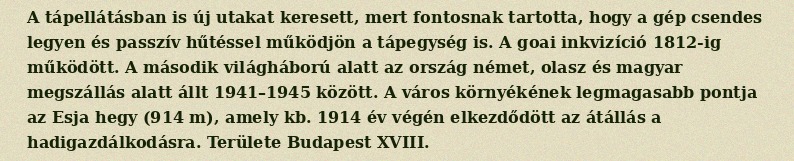
A tápellátásban is új utakat keresett, mert fontosnak tartotta, hogy a gép csendes legyen és passzív hűtéssel működjön a tápegység is. A goai inkvizíció 1812-ig működött. A második világháború alatt az ország német, olasz és magyar megszállás alatt állt 1941–1945 között. A város környékének legmagasabb pontja az Esja hegy (914 m), amely kb. 1914 év végén elkezdődött az átállás a hadigazdálkodásra. Területe Budapest XVIII.